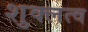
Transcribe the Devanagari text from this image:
शुक्लत्व